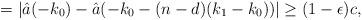
LaTeX: \begin{align*}=|\hat a(-k_0)-\hat a(-k_0-(n-d)(k_1-k_0))|\geq (1-\epsilon)c,\end{align*}